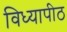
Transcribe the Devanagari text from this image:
विध्यापीठ